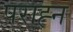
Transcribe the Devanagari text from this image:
पराह्न